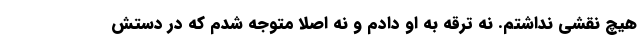
هیچ نقشی نداشتم. نه ترقه به او دادم و نه اصلا متوجه شدم که در دستش